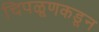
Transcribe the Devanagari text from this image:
चिपळूणकडून